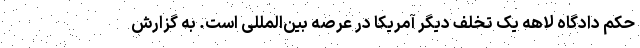
حکم دادگاه لاهه یک تخلف دیگر آمریکا در عرصه بین‌المللی است. به گزارش